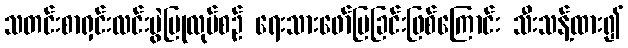
သတင်းစာရှင်းလင်းပွဲပြုလုပ်စဉ် ရေးသားဖော်ပြခြင်းဖြစ်ကြောင်း သီးသန့်ထား၍